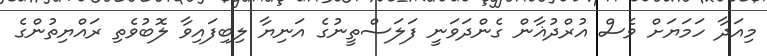
މިއަދާ ހަމަޔަށް ވެސް އުރްދުޣާން ގެންދަވަނީ ފަލަސްތީނުގެ އަނިޔާ ލިބިފައިވާ ލޮބުވެތި ރައްޔިތުންގެ